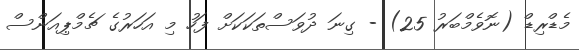
މެޑްރިޑް (ނޮވެމްބަރު 25) - ގިނަ ދުވަސްތަކަކަށް ފަހު މި އަހަރުގެ ޗެމްޕިއަންސް